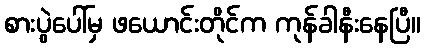
စားပွဲပေါ်မှ ဖယောင်းတိုင်က ကုန်ခါနီးနေပြီ။